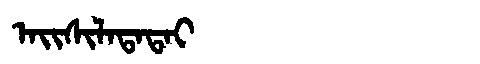
Manchu: ᠠᡳᠰᡳᠯᠠᡨᠠᡨᠠᡳ
Romanization: AISILATATAI